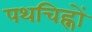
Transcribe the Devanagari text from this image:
पथचिह्नों